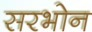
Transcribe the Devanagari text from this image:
सरभोन